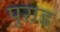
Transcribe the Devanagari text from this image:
पुराड